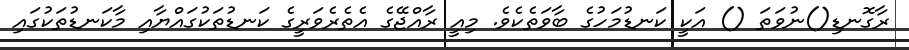
ރާގޮނޑި()ނުވަތަ () އަކީ ކަނޑުމަހުގެ ބާވަތެކެވެ. މިއީ ރާއްޖޭގެ އެތެރެވަރީގެ ކަނޑުތަކުގައްޔާއި މާކަނޑުތަކުގައި